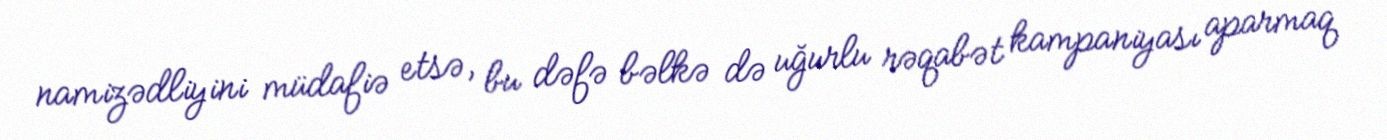
namizədliyini müdafiə etsə, bu dəfə bəlkə də uğurlu rəqabət kampaniyası aparmaq